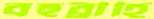
বহুব্রীহি